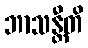
ဘာသန္တီတိ